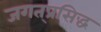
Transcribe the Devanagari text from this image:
जगत्‌प्रसिद्ध